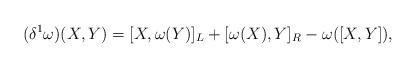
LaTeX: \begin{align*}(\delta^{1}\omega)(X,Y)=[X,\omega(Y)]_{L}+[\omega(X),Y]_{R}-\omega([X,Y]),\end{align*}